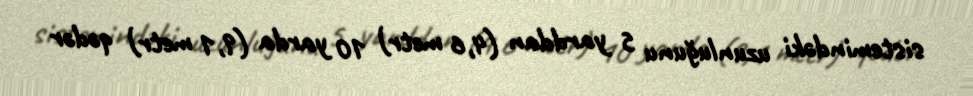
sistemindəki uzunluğunu 5 yarddan (4,6 metr) 10 yarda (9,1 metr) qədər